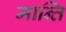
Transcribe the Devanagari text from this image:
मान्ति